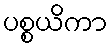
ပစ္စယိကာ